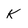
Character: K